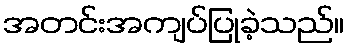
အတင်းအကျပ်ပြုခဲ့သည်။